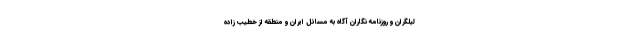
لیلگران و روزنامه نگاران آگاه به مسائل ایران و منطقه از خطیب زاده